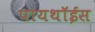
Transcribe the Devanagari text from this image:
पायथॉईस